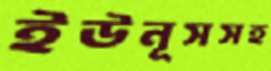
ইউনূসসহ